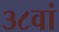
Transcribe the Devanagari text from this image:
३८वां